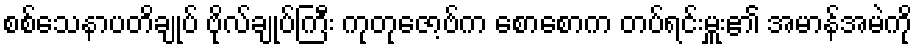
စစ်သေနာပတိချုပ် ဗိုလ်ချုပ်ကြီး ကုတုဇော့ဗ်က စောစောက တပ်ရင်းမှူး၏ အမာန်အမဲကို